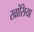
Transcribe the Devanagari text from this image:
खांसिया